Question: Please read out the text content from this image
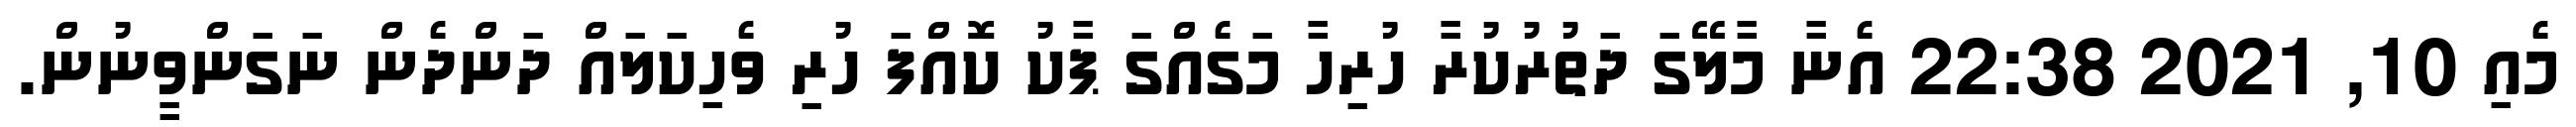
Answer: މެއި 10, 2021 22:38 އެނާ މާލޭގަ ދަތުރުކުރާ ހުރިހާ މަގެއްގަ ޕާކު ކޮއްފަ ހުރި ވެހިކަލައް ދަންދެން ނަގަންވީނުން.